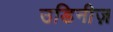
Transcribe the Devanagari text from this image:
उडिनीज़